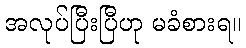
အလုပ်ပြီးပြီဟု မခံစားရ။